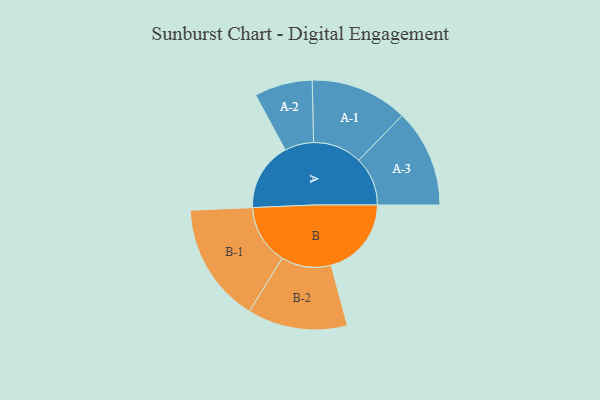
{"axis": {"x": "Segment", "y": "Value"}, "legend": ["", "A", "B"], "data": [{"x": "A", "y": 333, "type": ""}, {"x": "B", "y": 390, "type": ""}, {"x": "A-1", "y": 237, "type": "A"}, {"x": "A-2", "y": 141, "type": "A"}, {"x": "A-3", "y": 238, "type": "A"}, {"x": "B-1", "y": 291, "type": "B"}, {"x": "B-2", "y": 243, "type": "B"}]}